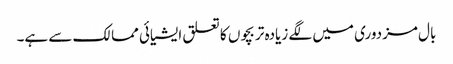
بال مزدوری میں لگے زیادہ تر بچوں کا تعلق ایشیائی ممالک سے ہے۔